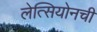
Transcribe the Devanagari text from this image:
लेत्सियोनची